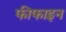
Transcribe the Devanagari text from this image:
फीफाइन